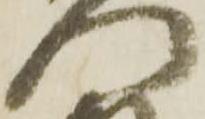
門